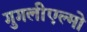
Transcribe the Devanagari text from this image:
गुगलीएल्मो